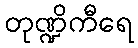
တုဏ္ဍိကီရေ